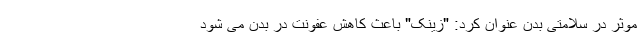
موثر در سلامتی بدن عنوان کرد: "زینک" باعث کاهش عفونت در بدن می شود